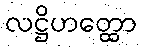
လဋ္ဌိဟတ္ထော